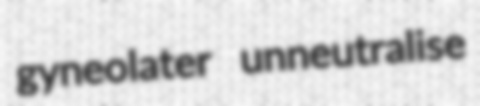
gyneolater unneutralise